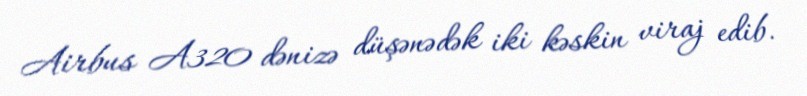
Airbus A320 dənizə düşənədək iki kəskin viraj edib.